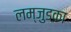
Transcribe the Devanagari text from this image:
लम्जुडका